Civil Veterinary Dept. Assam report 1927-50 - 1927-1950
Year: 1927
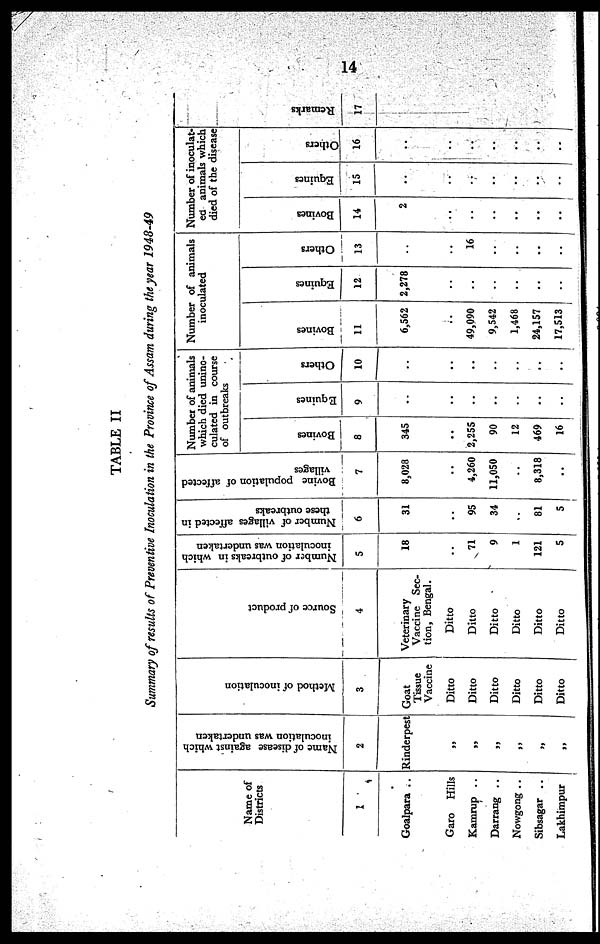
14
TABLE II
Summary of results of Preventive Inoculation in the Province of Assam during the year 1948-49
Name of
Districts
1
Goalpara ..
Garo Hills
Kamrup ..
Darrang ..
Nowgong ..
Sibsagar ..
Lakhimpur
Name of disease against which
inoculation was undertaken
2
Rinderpest
„
„
„
„
„
„
Method of inoculation
3
Goat
Tissue
Vaccine
Ditto
Ditto
Ditto
Ditto
Ditto
Ditto
Source of product
4
Veterinary
Vaccine Sec-
tion, Bengal.
Ditto
Ditto
Ditto
Ditto
Ditto
Ditto
Number of outbreaks in which
inoculation was undertaken
5
18
..
71
9
1
121
5
Number of villages affected in
these outbreaks
6
31
..
95
34
..
81
5
Bovine population of affected
villages
7
8,028
..
4,260
11,050
..
8,318
..
Number of animals
which died unino-
culated in course
of outbreaks
Bovines
8
345
..
2,255
90
12
469
16
Equines
9
..
..
..
..
..
..
..
Others
10
..
..
..
..
..
..
..
Number of animals
inoculated
Bovines
11
6,562
..
49,090
9,542
1,468
24,157
17,513
Equines
12
2,278
..
..
..
..
..
..
Others
13
..
..
16
..
..
..
..
Number of inoculat-
ed animals which
died of the disease
Bovines
14
2
..
..
..
..
..
..
Equines
15
..
..
..
..
..
..
..
Others
16
..
..
..
..
..
..
..
Remarks
17